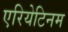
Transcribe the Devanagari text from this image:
एरियेटिनम